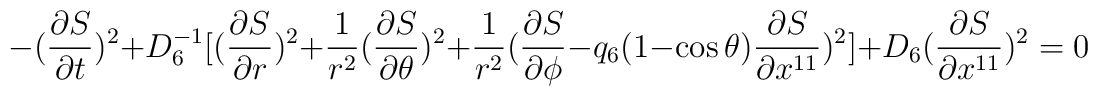
-({\partial S\over\partial t})^2+D_6^{-1}[({\partial S\over\partial r})^2+{1\over r^2}({\partial S\over\partial\theta})^2+{1\over r^2}({\partial S\over\partial\phi}-q_6 (1-\cos\theta){\partial S\over\partial x^{11}})^2]+D_6({\partial S\over\partial x^{11}})^2 = 0